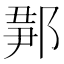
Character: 𨜉